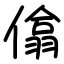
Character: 㒆